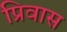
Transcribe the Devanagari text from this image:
प्रिवास